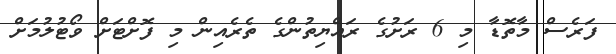
ފަރެސް މާތޮޑާ މި 6 ރަށުގެ ރައްޔިތުންގެ ތެރެއިން މި ފޮށްޓަށް ވޯޓުލުމަށް